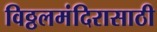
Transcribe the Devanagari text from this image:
विठ्ठलमंदिरासाठी